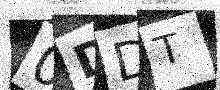
Text: 0DDT